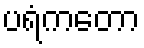
ပရံကတော